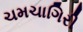
ચમચાગિરી